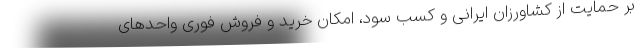
بر حمایت از کشاورزان ایرانی و کسب سود، امکان خرید و فروش فوری واحدهای